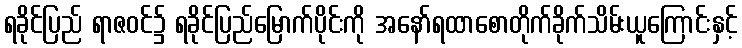
ရခိုင်ပြည် ရာဇဝင်၌ ရခိုင်ပြည်မြောက်ပိုင်းကို အနော်ရထာစောတိုက်ခိုက်သိမ်းယူကြောင်းနှင့်